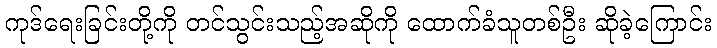
ကုဒ်ရေးခြင်းတို့ကို တင်သွင်းသည့်အဆိုကို ထောက်ခံသူတစ်ဦး ဆိုခဲ့ကြောင်း